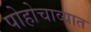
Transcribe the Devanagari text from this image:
पोहोचाव्यात